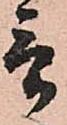
言